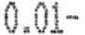
0.01-